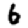
Digit: 6